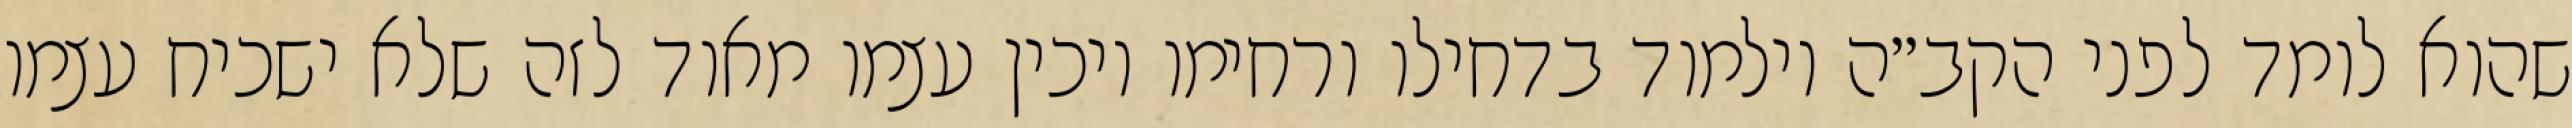
שהוא לומד לפני הקב״ה וילמוד בדחילו ורחימו ויכין עצמו מאוד לזה שלא ישכיח עצמו